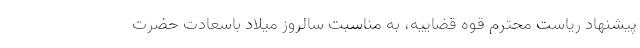
پیشنهاد ریاست محترم قوه قضاییه، به مناسبت سالروز میلاد باسعادت حضرت